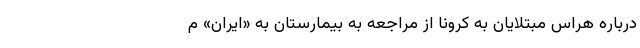
درباره هراس مبتلایان به کرونا از مراجعه به بیمارستان به «ایران» م